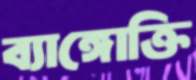
ব্যাঙ্গোক্তি